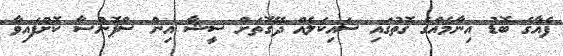
ފެއާގެ ބޮޑު އިނާމެއްގެ ގޮތުގައި ސައިކަލެއް ދޭގޮތަށް ސީޝާ އިން ސްޕޮންސާ ކޮށްފައިވާ